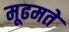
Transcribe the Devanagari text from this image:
मूढमते